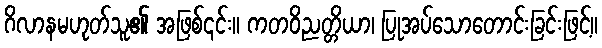
ဂိလာနမဟုတ်သူ၏ အဖြစ်၎င်း။ ကတဝိညတ္တိယာ၊ ပြုအပ်သောတောင်းခြင်းဖြင့်။